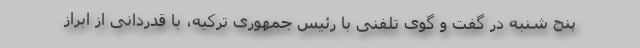
پنج شنبه در گفت و گوی تلفنی با رئیس جمهوری ترکیه، با قدردانی از ابراز